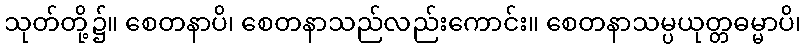
သုတ်တို့၌။ စေတနာပိ၊ စေတနာသည်လည်းကောင်း။ စေတနာသမ္ပယုတ္တဓမ္မာပိ၊